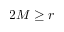
2 M \geq r